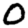
Digit: 0